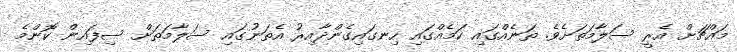
މައްޗަށް އެރީ ސަލާމަތަށެވެ. ތަނެއްގައި ކަމެއްގައި ހިނގައިގެންދާއިރު އެތަނުގައި ސަލާމަތަށް ސިފައިން ކޮންމެ